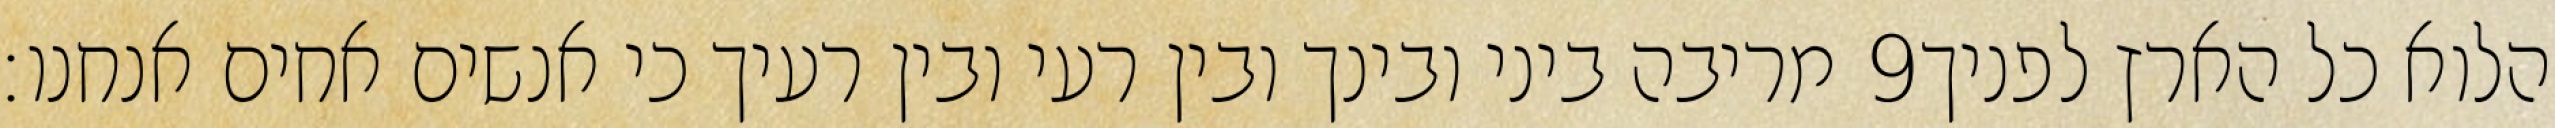
מריבה ביני ובינך ובין רעי ובין רעיך כי אנשים אחים אנחנו׃ ‎9‏ הלוא כל הארץ לפניך